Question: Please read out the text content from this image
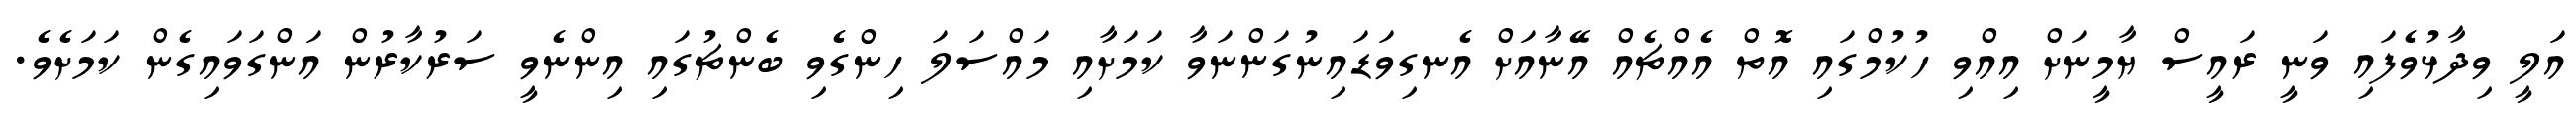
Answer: އަލީ ވިދާޅުވެފައި ވަނީ ރައީސް ޔާމީނަށް އިއްވި ހުކުމްގައި އޮތް އެއްޗެއް އޭނާއަށް އެނގިވަޑައިނުގަންނަވާ ކަމަށާއި މައްސަލަ ހިންގެވި ބެންޗުގައި އިންނެވީ ސަރުކާރުން އަންގަވައިގެން ކަމަށެވެ.